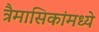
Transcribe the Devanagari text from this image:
त्रैमासिकांमध्ये